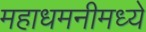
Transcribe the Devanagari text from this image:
महाधमनीमध्ये